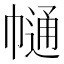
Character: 𢄟